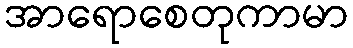
အာရောစေတုကာမာ